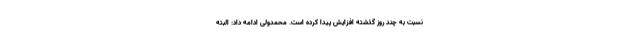
نسبت به چند روز گذشته افزایش پیدا کرده است. محمدولی ادامه داد: البته